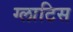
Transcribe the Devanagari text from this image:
ग्लाटिस